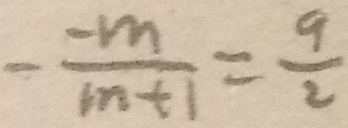
- \frac { - m } { m + 1 } = \frac { 9 } { 2 }